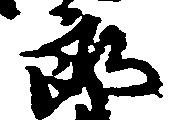
郎